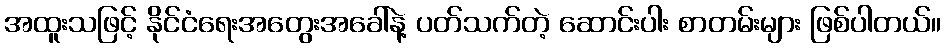
အထူးသဖြင့် နိုင်ငံရေးအတွေးအခေါ်နဲ့ ပတ်သက်တဲ့ ဆောင်းပါး စာတမ်းများ ဖြစ်ပါတယ်။